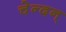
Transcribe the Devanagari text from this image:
चेन्दन्